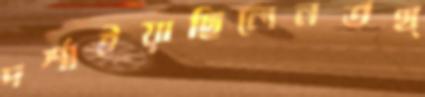
দর্শাইয়াছিলেনতথ্